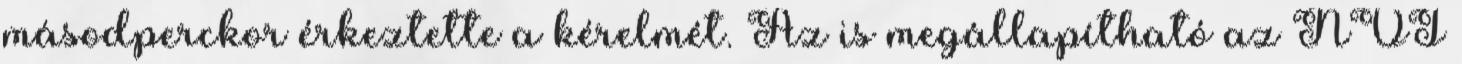
másodperckor érkeztette a kérelmét. Az is megállapítható az NVI